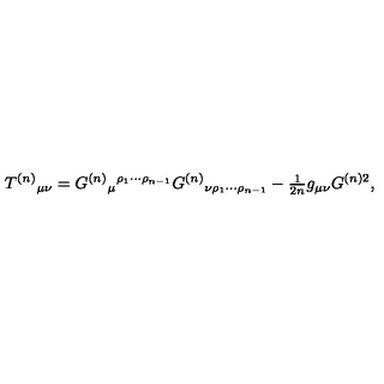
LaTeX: T ^ { ( n ) } { } _ { \mu \nu } = G ^ { ( n ) } { } _ { \mu } { } ^ { \rho _ { 1 } \cdots \rho _ { n - 1 } } G ^ { ( n ) } { } _ { \nu \rho _ { 1 } \cdots \rho _ { n - 1 } } - { \textstyle \frac { 1 } { 2 n } } g _ { \mu \nu } G ^ { ( n ) 2 } ,